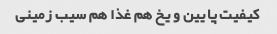
کیفیت پایین و یخ هم غذا هم سیب زمینی